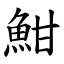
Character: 魽